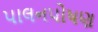
પાલનપોષણ